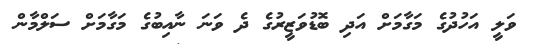
ވަލީ އަހުދުގެ މަގާމަށް އަދި ބޮޑުވަޒީރުގެ ދެ ވަނަ ނާއިބުގެ މަގާމަށް ސަލްމާން